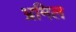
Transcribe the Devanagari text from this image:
भ्रमिल